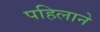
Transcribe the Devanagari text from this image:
पहिलाने